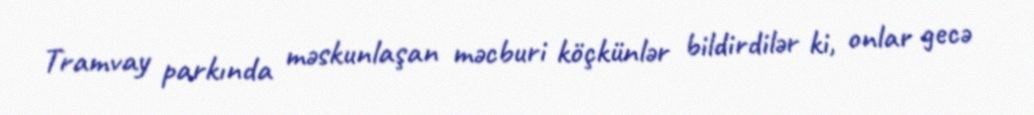
Tramvay parkında məskunlaşan məcburi köçkünlər bildirdilər ki, onlar gecə